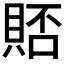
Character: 𫎗